Vaccination in the Punjab 1867-1880 - 1867-1880
Year: 1867
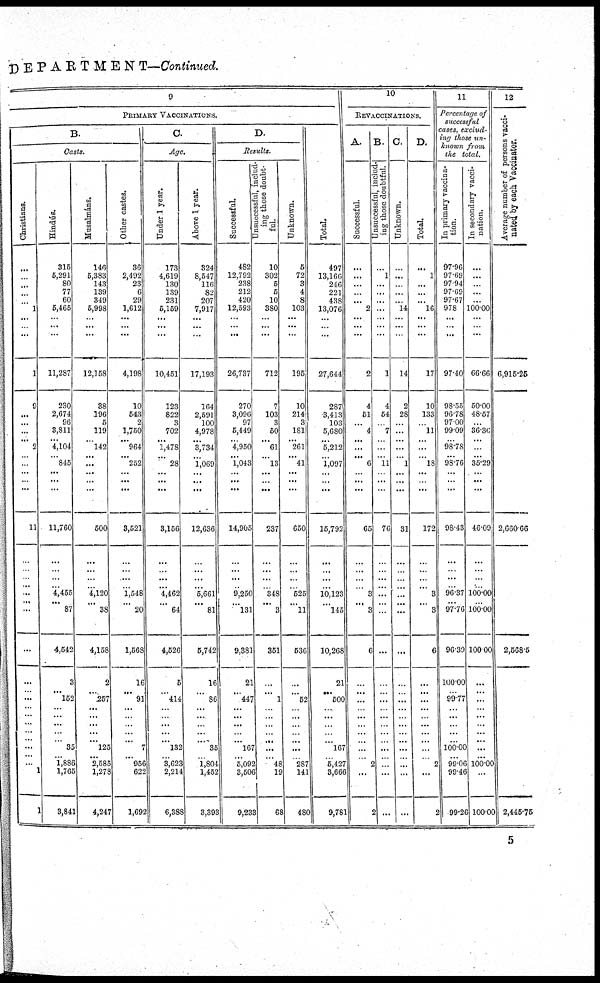
DEPRETMENT—Continued.
9
PRIMARY VACCINATIONS.
B.
Casts.
Christians.
...
...
...
...
...
1
...
...
...
1
9
...
...
...
... 2
... ...
...
... ...
11
...
...
...
... ...
... ...
...
...
...
...
...
...
...
...
...
...
... ...
1
1
Hindus.
315
5,291
80
77
60
5,465
...
...
...
11,287
230
2,674
96
3,811
... 4,104
... 845
...
... ...
11,760
...
...
...
... 4,455
... 87
4,542
3
... 152
...
...
...
...
...
35
... 1,886
1,765
3,841
Musalmáns.
146
5,383
143
139
349
5,998
...
...
...
12,158
38
196
5
119
... 142
... ...
...
... ...
600
...
...
...
... 4,120
... 38
4,158
2
...
257
...
...
...
...
... 125
... 2,585
1,278
4,247
Other castes.
36
2,492
23
6
29
1,612
...
...
...
4,198
10
643
2
1,750
... 964
... 252
...
... ...
3,521
...
...
...
... 1,548
... 20
1,568
16
...
91
...
...
...
...
... 7
... 956
622
1,692
C.
Age.
Under 1 year.
173
4,619
130
139
231
5,159
...
...
...
10,451
123
822
3
702
... 1,478
... 28
...
... ...
3,156
...
...
...
... 4,462
... 64
4,526
5
... 414
...
...
...
...
... 132
... 3,623
2,214
6,388
Above 1 year.
324
8,547
116
82
207
7,917
...
...
...
17,193
164
2,591
100
4,978
... 3,734
... 1,069
...
... ...
12,636
...
...
...
... 5,661
... 81
5,742
16
... 86
...
...
...
...
... 35
... 1,804
1,452
3,393
D.
Results.
Successful.
482
12,792
238
212
420
12,593
...
...
26,737
270
3,096
97
6,449
... 4,950
... 1,043
...
... ...
14,905
...
...
...
... 9,250
... 131
9,381
21
...
447
...
...
...
...
... 167
... 5,092
3,506
9,233
Unsuccessful, includ-
ing those doubt-
ful.
10
302
5
5
10
380
...
...
...
712
7
103
3
50
... 61
... 13
...
... ...
237
...
...
...
... 348
... 3
351
...
... 1
...
...
...
...
...
...
... 48
19
68
Unknown.
5
72
3
4
8
103
...
...
...
195
10
214
3
181
... 261
... 41
...
... ...
650
...
...
...
... 525
... 11
536
...
... 52
...
...
...
...
...
...
... 287
141
480
Tot al .
497
13,166
246
221
438
13,076
...
...
...
27,644
287
3,413
103
5,680
... 5,212
... 1,097
...
... ...
15,792
...
...
...
... 10,123
... 145
10,268
21
... 500
...
...
...
... ...
167
... 6,427
3,666
9,781
10
REVACCINATIONS.
A.
Suc c e s s f
ul .
...
...
...
...
...
2
...
...
...
2
4
51
...
4
... ...
... 6
...
... ...
65
...
...
...
... 3
... 3
6
...
...
...
...
...
...
...
... ...
... 2
...
2
B.
Unsuccessful, includ-
ing those doubtful.
...
1
...
...
...
...
...
...
...
1
4
54
...
7
... ...
... 11
...
... ...
76
...
...
...
... ...
... ...
...
...
...
...
...
...
...
...
...
...
...
...
...
...
C.
Unknown
...
...
...
...
...
14
...
...
...
14
2
28
...
...
... ...
... 1
...
... ...
31
...
...
...
... ...
... ...
...
...
...
...
...
...
...
...
...
...
...
...
...
...
D.
Total.
...
1
...
...
...
16
...
...
...
17
10
133
...
11
... ...
... 18
...
... ...
172
...
...
...
... 3
... 3
6
...
...
...
...
...
...
...
...
...
... 2
...
2
11
Percentage of
successful
cases, exclvd¬
ing those un¬
known from
the total.
In primary vccina-
tion.
97.96
97.69
97.94
97.69
97.67
978
...
...
...
97.40
98.55
96.78
97.00
99.09
98.78 ...
... 98.76
...
... ...
98.43
...
...
...
... 96.37
... 97.76
96.39
100.00
...
99.77
...
...
...
...
...
100.00
... 99.06
99.46
99.26
In secondary vacci-
nation.
...
...
...
...
...
100.00
...
...
...
66.66
60.00
48.57
...
36.36
... ...
... 35.29
...
... ...
46.09
...
...
...
... 100.00
... 100.00
100 00
...
...
...
...
...
...
...
...
...
... 100.00
...
100.00
12
Average number of persons vacci-
nated by each Vaccinator.
6,915.25
2,660.66
2,568.5
2,445.75
5